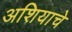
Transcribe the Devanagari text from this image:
अशियाचे